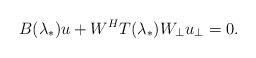
LaTeX: \begin{align*}B(\lambda_{*})u+W^{H}T(\lambda_{*})W_{\bot}u_{\bot}=0.\end{align*}